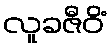
လူခဇီဝိံ